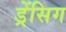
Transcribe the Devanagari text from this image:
ड्रेंसिग